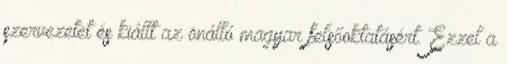
szervezetet és kiállt az önálló magyar felsőoktatásért. Ezzel a